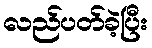
လည်ပတ်ခဲ့ပြီး